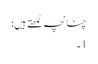
چنانچہ لکھتے ہیں:
1۔